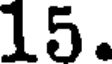
15.